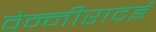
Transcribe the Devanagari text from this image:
वेन्नीरादई